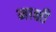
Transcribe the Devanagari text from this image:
माक्षी